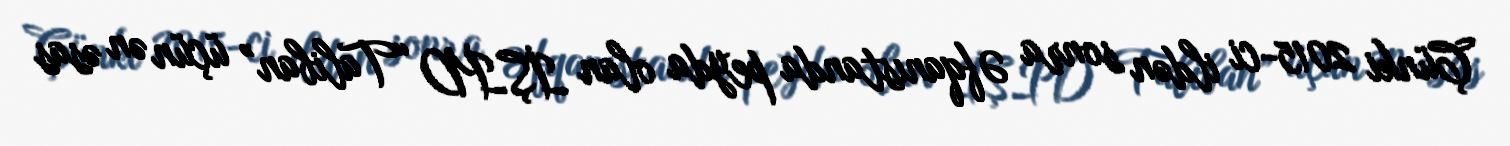
Çünki 2015-ci ildən sonra Əfqanıstanda peyda olan İŞİD “Taliban” üçün ən əsas